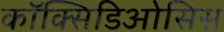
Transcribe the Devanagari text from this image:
कॉक्सिडिओसिस